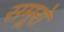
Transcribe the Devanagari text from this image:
समूरो